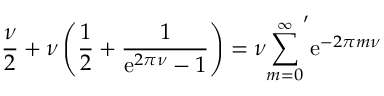
\frac { \nu } { 2 } + \nu \left( \frac { 1 } { 2 } + \frac { 1 } { \mathrm { e } ^ { 2 \pi \nu } - 1 } \right) = \nu { \sum _ { m = 0 } ^ { \infty } } ^ { \prime } \mathrm { e } ^ { - 2 \pi m \nu }